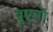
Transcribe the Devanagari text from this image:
बुएनो